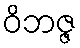
ဝိဘဇ္ဇ